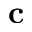
\mathbf { c }